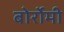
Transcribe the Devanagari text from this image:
बोर्रोमी